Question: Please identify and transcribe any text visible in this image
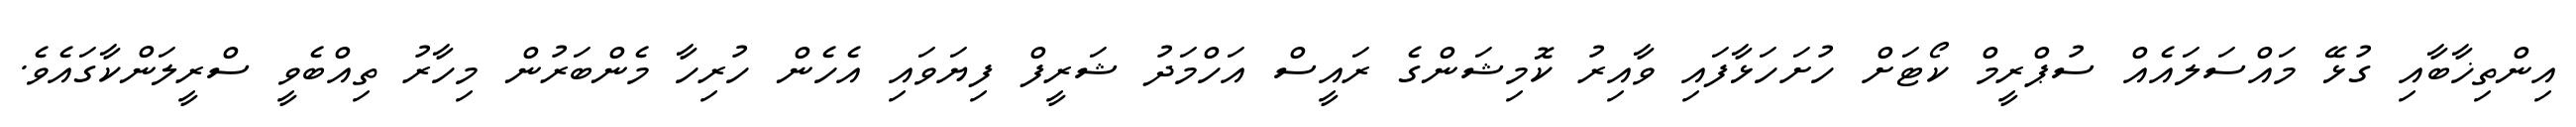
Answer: އިންތިޚާބާއި ގުޅޭ މައްސަލައެއް ސުޕްރީމް ކޯޓަށް ހުށަހަޅާފައި ވާއިރު ކޮމިޝަންގެ ރައީސް އަހްމަދު ޝަރީފް ފިޔަވައި އެހެން ހުރިހާ މެންބަރުން މިހާރު ތިއްބެވީ ސްރީލަންކާގައެވެ.